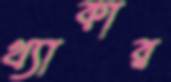
থ্যাকার